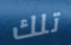
تلك